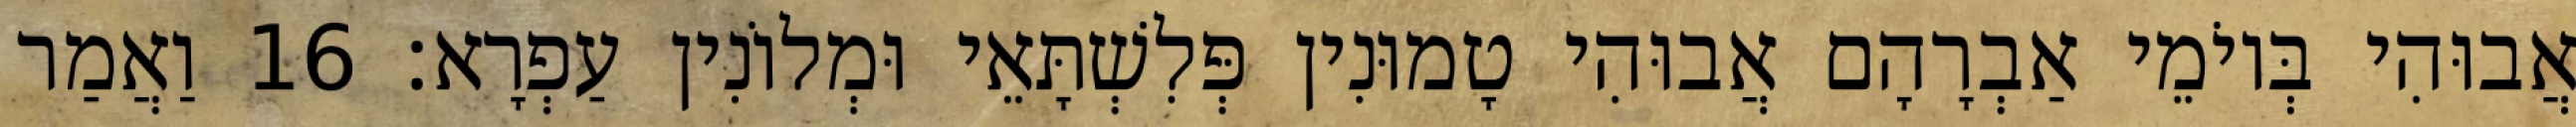
אֲבוּהִי בְּיוֹמֵי אַבְרָהָם אֲבוּהִי טָמוּנִין פְּלִשְׁתָּאֵי וּמְלוֹנִין עַפְרָא׃ 16 וַאֲמַר